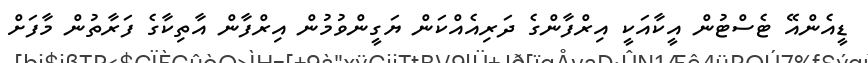
ޑީއެންއޭ ޓެސްޓުން އީކާއަކީ އިރްފާންގެ ދަރިއެއްކަން ޔަގީންވުމުން އިރްފާން އާތިކާގެ ފަރާތުން މާފަށް